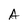
Character: A